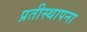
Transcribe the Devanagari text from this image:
प्रतीस्थापना